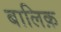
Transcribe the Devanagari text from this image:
बालिक़